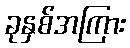
ခုနှစ်အကြား